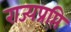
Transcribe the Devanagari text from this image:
राज्यप्रप्ति